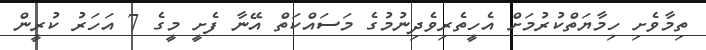
ތިމާވެށި ހިމާޔަތްކުރުމަށް އެހީތެރިވެދިނުމުގެ މަސައްކަތް އޭނާ ފެށީ މީގެ 7 އަހަރު ކުރީން